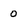
Character: o